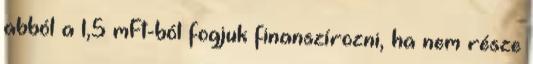
abból a 1,5 mFt-ból fogjuk finanszírozni, ha nem része